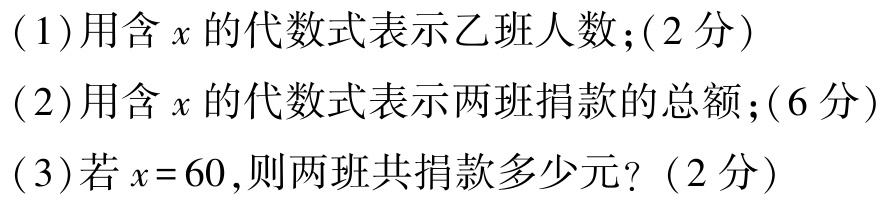
(1)用含\(x\)的代数式表示乙班人数;(2分)
(2)用含\(x\)的代数式表示两班捐款的总额;(6分)
(3)若\(x = 60\),则两班共捐款多少元? (2分)